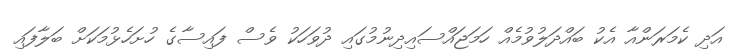
އަދި ކެމަރަންއާ އެކު ބައްދަލުވުމެއް ހަމަޖައްސައިދިނުމުގައި ދުވަހަކު ވެސް ފައިސާގެ ހުށަހެޅުމަކަށް ބަލާފައި